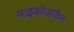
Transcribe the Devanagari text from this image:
माइकोआकैन